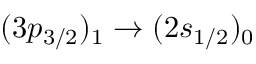
( 3 p _ { 3 / 2 } ) _ { 1 } \rightarrow ( 2 s _ { 1 / 2 } ) _ { 0 }